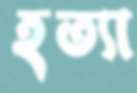
হত্যা